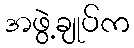
အဖွဲ့ချုပ်က